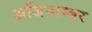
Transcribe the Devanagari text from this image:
अजिनाम्बर